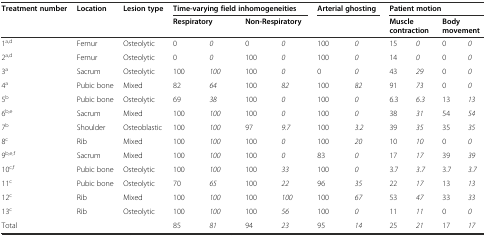
<table><thead><tr><td><b>Treatment number</b></td><td><b>Location</b></td><td><b>Lesion type</b></td><td colspan="4"><b>Time-varying field inhomogeneities</b></td><td colspan="2"><b>Arterial ghosting</b></td><td colspan="4"><b>Patient motion</b></td></tr><tr><td></td><td></td><td></td><td colspan="2"><b>Respiratory</b></td><td colspan="2"><b>Non-Respiratory</b></td><td colspan="2"></td><td colspan="2"><b>Muscle contraction</b></td><td colspan="2"><b>Body movement</b></td></tr></thead><tbody><tr><td>1<sup>a,d</sup></td><td>Femur</td><td>Osteolytic</td><td>0</td><td><i>0</i></td><td>0</td><td><i>0</i></td><td>100</td><td><i>0</i></td><td>15</td><td><i>0</i></td><td>0</td><td><i>0</i></td></tr><tr><td>2<sup>a,d</sup></td><td>Femur</td><td>Osteolytic</td><td>0</td><td><i>0</i></td><td>100</td><td><i>0</i></td><td>100</td><td><i>0</i></td><td>14</td><td><i>0</i></td><td>0</td><td><i>0</i></td></tr><tr><td>3<sup>a</sup></td><td>Sacrum</td><td>Osteolytic</td><td>100</td><td><i>100</i></td><td>100</td><td><i>0</i></td><td>0</td><td><i>0</i></td><td>43</td><td><i>29</i></td><td>0</td><td><i>0</i></td></tr><tr><td>4<sup>a</sup></td><td>Pubic bone</td><td>Mixed</td><td>82</td><td><i>64</i></td><td>100</td><td><i>82</i></td><td>100</td><td><i>82</i></td><td>91</td><td><i>73</i></td><td>0</td><td><i>0</i></td></tr><tr><td>5<sup>b</sup></td><td>Pubic bone</td><td>Osteolytic</td><td>69</td><td><i>38</i></td><td>100</td><td><i>0</i></td><td>100</td><td><i>0</i></td><td>6.3</td><td><i>6.3</i></td><td>13</td><td><i>13</i></td></tr><tr><td>6<sup>b,e</sup></td><td>Sacrum</td><td>Mixed</td><td>100</td><td><i>100</i></td><td>100</td><td><i>0</i></td><td>100</td><td><i>0</i></td><td>38</td><td><i>31</i></td><td>54</td><td><i>54</i></td></tr><tr><td>7<sup>b</sup></td><td>Shoulder</td><td>Osteoblastic</td><td>100</td><td><i>100</i></td><td>97</td><td><i>9.7</i></td><td>100</td><td><i>3.2</i></td><td>39</td><td><i>35</i></td><td>35</td><td><i>35</i></td></tr><tr><td>8<sup>c</sup></td><td>Rib</td><td>Mixed</td><td>100</td><td><i>100</i></td><td>100</td><td><i>0</i></td><td>100</td><td><i>20</i></td><td>10</td><td><i>10</i></td><td>0</td><td><i>0</i></td></tr><tr><td>9<sup>b,e,f</sup></td><td>Sacrum</td><td>Mixed</td><td>100</td><td><i>100</i></td><td>100</td><td><i>0</i></td><td>83</td><td><i>0</i></td><td>17</td><td><i>17</i></td><td>39</td><td><i>39</i></td></tr><tr><td>10<sup>c,f</sup></td><td>Pubic bone</td><td>Osteolytic</td><td>100</td><td><i>100</i></td><td>100</td><td><i>33</i></td><td>100</td><td><i>0</i></td><td>3.7</td><td><i>3.7</i></td><td>3.7</td><td><i>3.7</i></td></tr><tr><td>11<sup>c</sup></td><td>Pubic bone</td><td>Osteolytic</td><td>70</td><td><i>65</i></td><td>100</td><td><i>22</i></td><td>96</td><td><i>35</i></td><td>22</td><td><i>17</i></td><td>13</td><td><i>13</i></td></tr><tr><td>12<sup>c</sup></td><td>Rib</td><td>Mixed</td><td>100</td><td><i>100</i></td><td>100</td><td><i>100</i></td><td>100</td><td><i>67</i></td><td>53</td><td><i>47</i></td><td>33</td><td><i>33</i></td></tr><tr><td>13<sup>c</sup></td><td>Rib</td><td>Osteolytic</td><td>100</td><td><i>100</i></td><td>100</td><td><i>56</i></td><td>100</td><td><i>0</i></td><td>11</td><td><i>11</i></td><td>0</td><td><i>0</i></td></tr><tr><td>Total</td><td></td><td></td><td>85</td><td><i>81</i></td><td>94</td><td><i>23</i></td><td>95</td><td><i>14</i></td><td>25</td><td><i>21</i></td><td>17</td><td><i>17</i></td></tr></tbody></table>